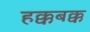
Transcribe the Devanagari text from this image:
हक्कबक्क